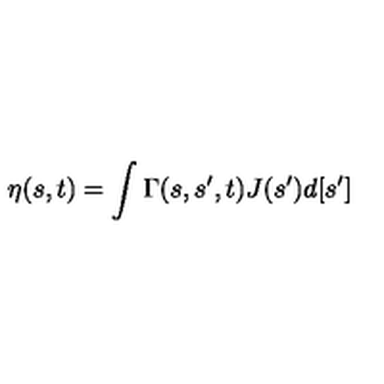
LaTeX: \eta ( s , t ) = \int \Gamma ( s , s ^ { \prime } , t ) J ( s ^ { \prime } ) d [ s ^ { \prime } ]